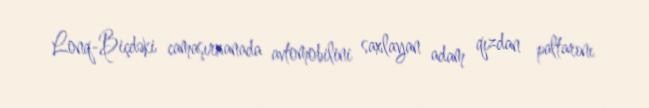
Lonq-Biçdəki camaşırxanada avtomobilini saxlayan adam qızdan paltarını